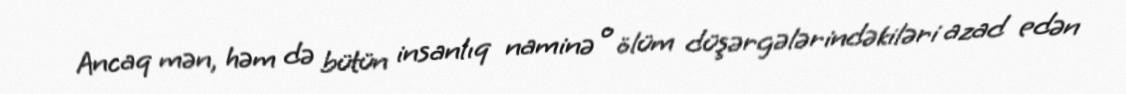
Ancaq mən, həm də bütün insanlıq naminə o ölüm düşərgələrindəkiləri azad edən